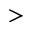
>